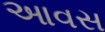
આવસ